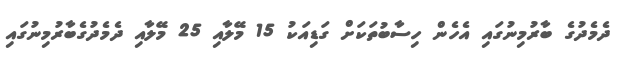
ދެމެދުގެ ބާރުމިނުގައި އެހެން ހިސާބުތަކަށް ގަޑިއަކު 15 މޭލާއި 25 މޭލާއި ދެމެދުގެބާރުމިނުގައި